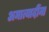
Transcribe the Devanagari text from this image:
अमात्यादींना